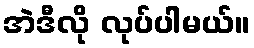
အဲဒီလို လုပ်ပါမယ်။